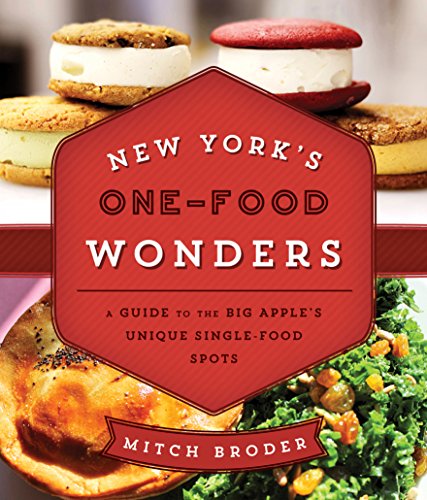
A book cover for New York's One-Food Wonders: A Guide to the Big Apple's Unique Single-Food Spots; Mitch Broder; Travel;